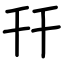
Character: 幵